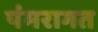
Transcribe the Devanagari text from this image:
पंमरागत